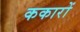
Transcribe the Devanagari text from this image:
ककारों